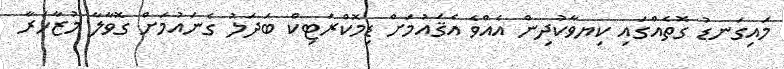
މައިގަނޑު ގޮތެއްގައި ކިޔވާކުދިން އެއްވެ އެޤައުމަށް ޑިމޮކްރަޓިކް ބަދަލު ގެނައުމަށް ގޮވާލާ މުޒާހަރާ